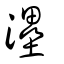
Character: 灅